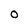
Character: o